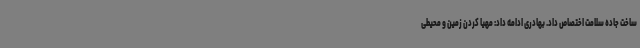
ساخت جاده سلامت اختصاص داد. بهادری ادامه داد: مهیا کردن زمین و محیطی